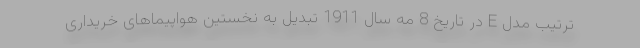
ترتیب مدل E در تاریخ 8 مه سال 1911 تبدیل به نخستین هواپیماهای خریداری